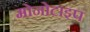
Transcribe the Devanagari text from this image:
मोनोटाइप